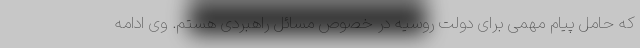
که حامل پیام مهمی برای دولت روسیه در خصوص مسائل راهبردی هستم. وی ادامه